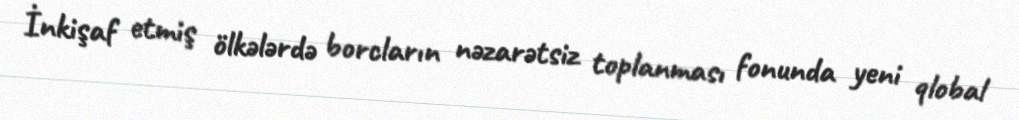
İnkişaf etmiş ölkələrdə borcların nəzarətsiz toplanması fonunda yeni qlobal